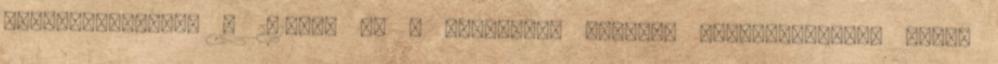
leletegyüttest. A 2014-es és a jelenlegi sikeres megállapodások előtt